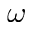
\omega